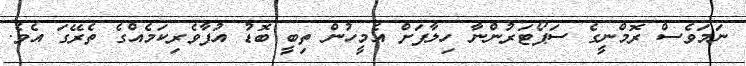
ނަމަވެސް ރޮމްނީގެ ސަޕޯޓަރުންނާ ހިލާފަށް އެމީހުން ތިބީ ބޮޑު އުފާވެރިކަމެއްގެ ތެރޭގަ އެވެ.